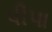
પીપા